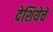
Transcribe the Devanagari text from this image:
देशियेचें